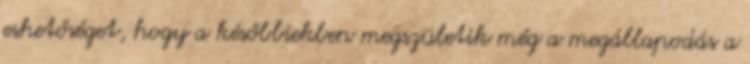
eshetőséget, hogy a későbbiekben megszületik még a megállapodás a